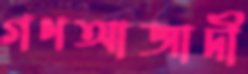
গণআজাদী